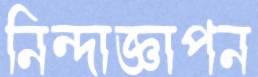
নিন্দাজ্ঞাপন